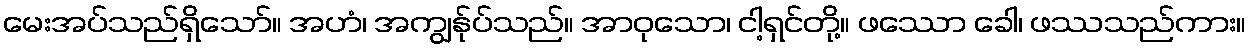
မေးအပ်သည်ရှိသော်။ အဟံ၊ အကျွန်ုပ်သည်။ အာဝုသော၊ ငါ့ရှင်တို့။ ဖဿော ခေါ၊ ဖဿသည်ကား။